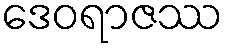
ဒေဝရာဇဿ